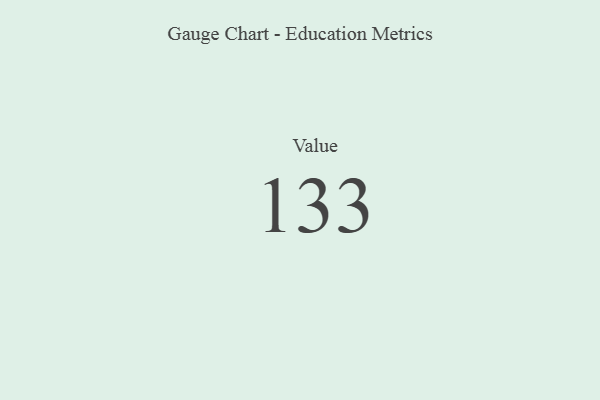
{"axis": {"x": "Metric", "y": "Value"}, "legend": [""], "data": [{"x": "Value", "y": 133, "type": ""}]}